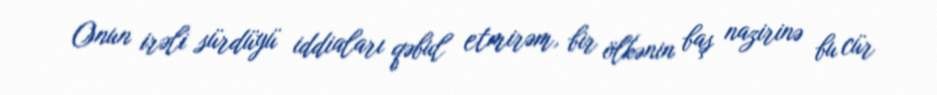
Onun irəli sürdüyü iddiaları qəbul etmirəm, bir ölkənin baş nazirinə bu cür